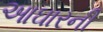
આઘારની